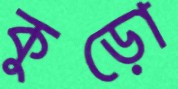
কুড়ো